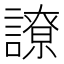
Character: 䜍